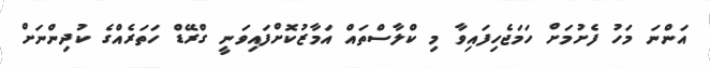
އަންނަ މަހު ފެށުމަށް ހަމަޖެހިފައިވާ މި ކްލާސްތައް އަމާޒުކޮށްފައިވަނީ ގްރޭޑް ހަތަރެއްގެ ކުދިންނަށް